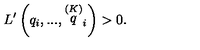
L ^ { \prime } \left( q _ { i } , . . . , \stackrel { \left( K \right) } { q } _ { i } \right) > 0 .